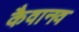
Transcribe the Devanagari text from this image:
कैवानव